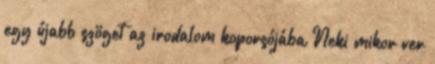
egy újabb szöget az irodalom koporsójába Neki mikor ver